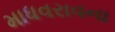
માધવરાવના